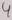
Text: 4